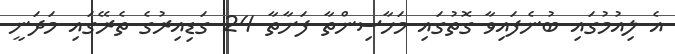
އެ ލިއުމުގައި ބުނެފައިވާ ގޮތުގައި މަހާސިންތާ ފަށާތާ 24 ގަޑިއިރުގެ ތެރޭގައި މަދަނީ